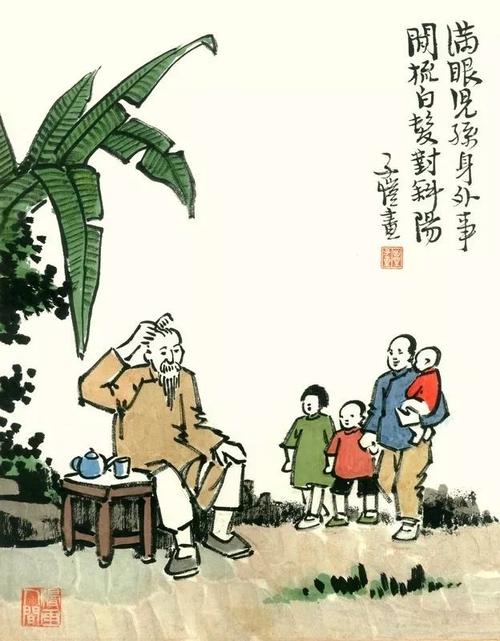
明朝又是孤舟别，愁见河桥酒幔青。